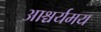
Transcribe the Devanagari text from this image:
आश्चर्यमय